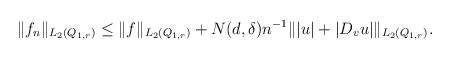
\begin{align*}\begin{aligned} \|f_n\|_{L_2(Q_{1, r})}& \le \|f\|_{L_2(Q_{1, r})} + N (d, \delta) n^{-1} \||u|+|D_v u|\|_{L_2(Q_{1, r})}. \end{aligned}\end{align*}